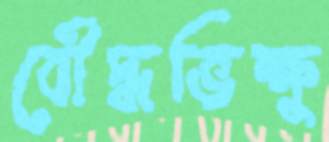
বৌদ্ধভিক্ষু